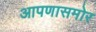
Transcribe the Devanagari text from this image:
आपणासमोर